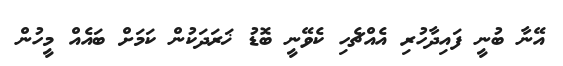
އޭނާ ބުނީ ފައިދާހުރި އެއްޗެހި ކެވޭނީ ބޮޑު ޚަރަދަކުން ކަމަށް ބައެއް މީހުން